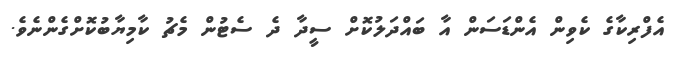
އެފްރިކާގެ ކެވިން އެންޑަސަން އާ ބައްދަލުކޮށް ސީދާ ދެ ސެޓުން މެޗު ކާމިޔާބުކޮށްގެންނެވެ.